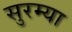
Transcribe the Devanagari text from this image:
सुरम्या